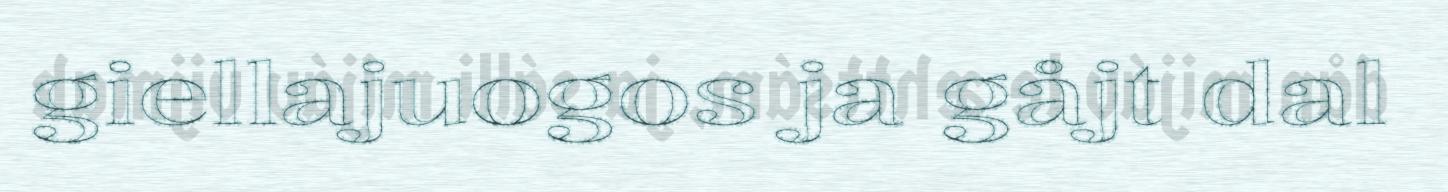
giellajuogos ja gåjt dal